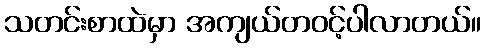
သတင်းစာထဲမှာ အကျယ်တဝင့်ပါလာတယ်။